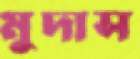
মুদাস